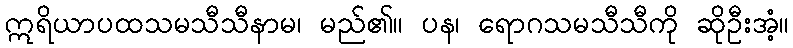
ဣရိယာပထသမသီသီနာမ၊ မည်၏။ ပန၊ ရောဂသမသီသီကို ဆိုဦးအံ့။